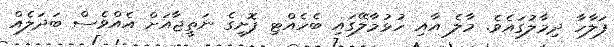
ފަލާހާ ދިމާލުގައެވެ. މާލެ އާއި ހުޅުމާލޭގައި ބެހެއްޓި ފޮށީގެ ނަތީޖާއަށް އެއްވެސް ބަދަލެއް